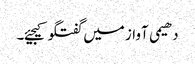
دھیمی آواز میں گفتگو کیجیئے۔